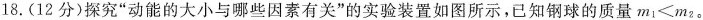
18. (12分)探究“动能的大小与哪些因素有关”的实验装置如图所示，已知钢球的质量$$m _ { 1 } < m _ { 2 }$$。